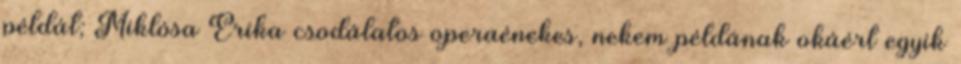
példát; Miklósa Erika csodálatos operaénekes, nekem példának okáért egyik